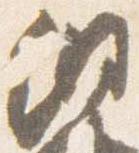
網